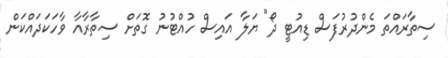
ސިތާރައްތަ މެންދުރުފަސް ޑިއުޓީ ދޯ" ޔަލާ އައިސް ހުއްޓުނު ގޮތަށް ސިތާރާއާ ވާހަކަދައްކަން